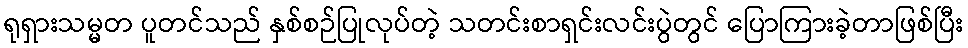
ရုရှားသမ္မတ ပူတင်သည် နှစ်စဉ်ပြုလုပ်တဲ့ သတင်းစာရှင်းလင်းပွဲတွင် ပြောကြားခဲ့တာဖြစ်ပြီး